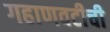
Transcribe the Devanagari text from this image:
गहाणवटीची